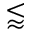
\lessapprox